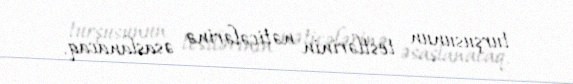
turşusunun testlərinin nəticələrinə əsaslanacaq.